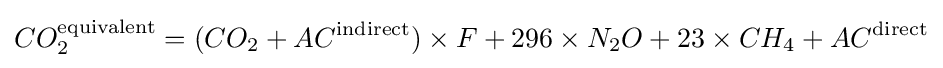
CO_{2}^{\mathrm {equivalent} }=(CO_{2}+AC^{\mathrm {indirect} })\times F+296\times N_{2}O+23\times CH_{4}+AC^{\mathrm {direct} }